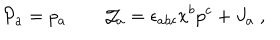
LaTeX: { \cal P } _ { a } = p _ { a } \qquad { \cal J } _ { a } = \epsilon _ { a b c } x ^ { b } p ^ { c } + J _ { a } \; ,